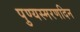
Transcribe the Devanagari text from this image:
पुण्यस्मरणदिन